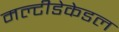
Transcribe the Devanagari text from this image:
मल्टीडेकेडल